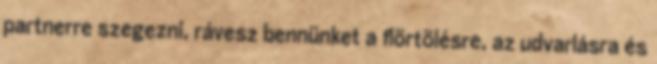
partnerre szegezni, rávesz bennünket a ﬂörtölésre, az udvarlásra és